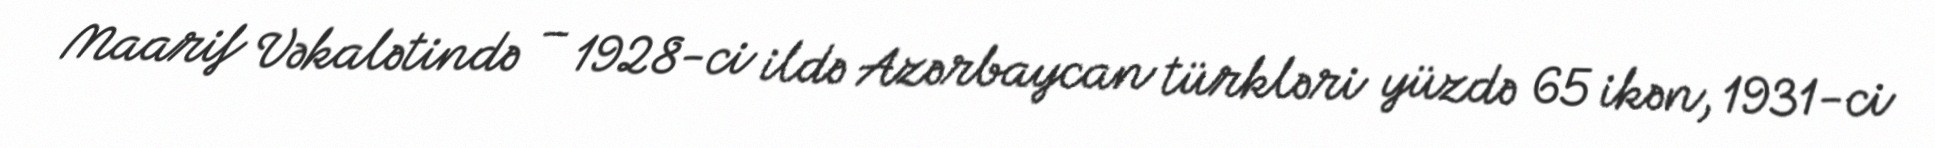
Maarif Vəkalətində – 1928-ci ildə Azərbaycan türkləri yüzdə 65 ikən, 1931-ci